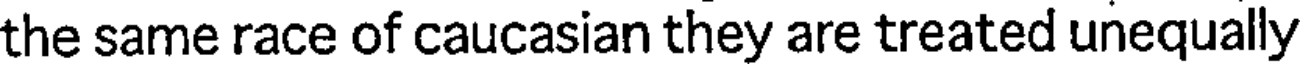
the same race of caucasian they are treated unequally